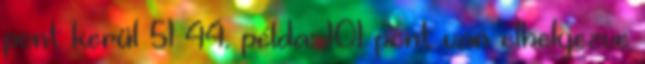
pont kerül 51 44. példa: 101 pont van elhelyezve